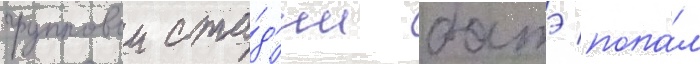
групповои ста́д'ии батэ попа́л